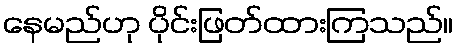
နေမည်ဟု ပိုင်းဖြတ်ထားကြသည်။